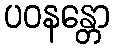
ပဝနန္တော